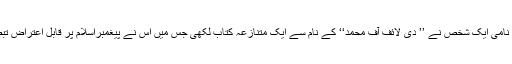
ولیم میر نامی ایک شخص نے ’’ دی لائف آف محمدؐ‘‘ کے نام سے ایک متنازعہ کتاب لکھی جس میں اس نے پیغمبراسلام پر قابل اعتراض تبصرہ کیا۔